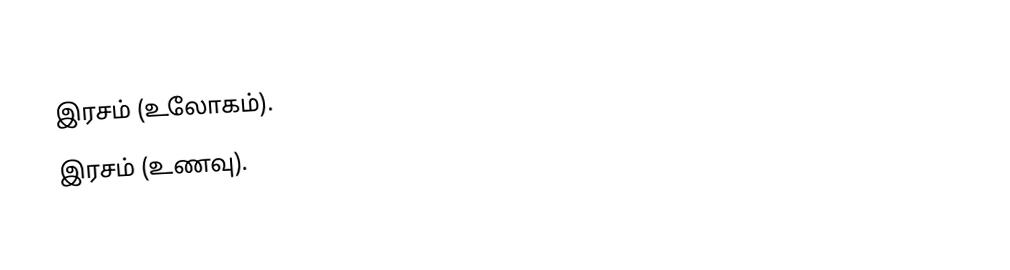
இரசம் (உலோகம்).
 இரசம் (உணவு).